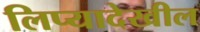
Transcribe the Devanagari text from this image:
लिप्यादेखील